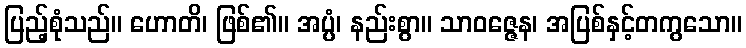
ပြည့်စုံသည်။ ဟောတိ၊ ဖြစ်၏။ အပ္ပံ၊ နည်းစွာ။ သာဝဇ္ဇေန၊ အပြစ်နှင့်တကွသော။